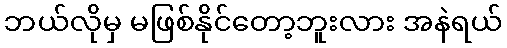
ဘယ်လိုမှ မဖြစ်နိုင်တော့ဘူးလား အနဲရယ်